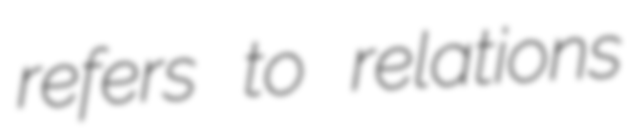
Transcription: refers to relations